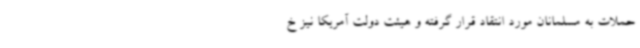
حملات به مسلمانان مورد انتقاد قرار گرفته و هیئت دولت آمریکا نیز خ